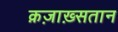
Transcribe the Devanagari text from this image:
क़ज़ाख़्सतान